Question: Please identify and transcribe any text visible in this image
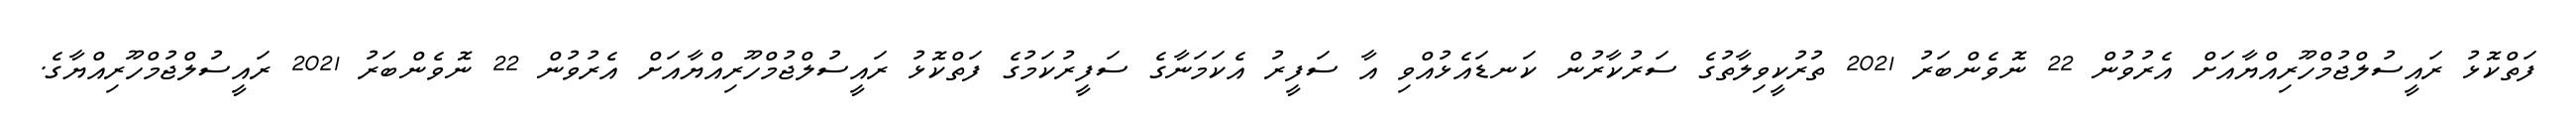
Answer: ފަތްކޮޅު ރައީސުލްޖުމްހޫރިއްޔާއަށް އެރުވުން 22 ނޮވެންބަރު 2021 ތުރުކީވިލާތުގެ ސަރުކާރުން ކަނޑައެޅުއްވި އާ ސަފީރު އެކަމަނާގެ ސަފީރުކަމުގެ ފަތްކޮޅު ރައީސުލްޖުމްހޫރިއްޔާއަށް އެރުވުން 22 ނޮވެންބަރު 2021 ރައީސުލްޖުމްހޫރިއްޔާގެ.